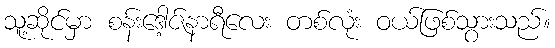
သူ့ဆိုင်မှာ စန်းဒေါ့ဇ်နာရီလေး တစ်လုံး ဝယ်ဖြစ်သွားသည်။